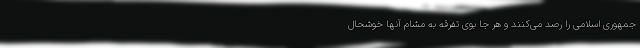
جمهوری اسلامی را رصد می‌کنند و هر جا بوی تفرقه به مشام‌ آنها خوشحال